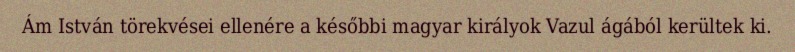
Ám István törekvései ellenére a későbbi magyar királyok Vazul ágából kerültek ki.